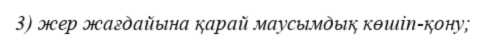
3) жер жағдайына қарай маусымдық көшіп-қону;